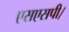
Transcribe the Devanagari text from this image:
एसएसपी।